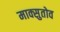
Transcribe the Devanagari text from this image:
माक्सुतोव